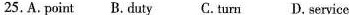
25.A.Point B. Duty C. Turn D. Service